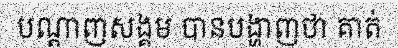
បណ្តាញសង្គម បានបង្ហាញថា គាត់